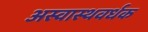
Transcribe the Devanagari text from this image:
अस्वास्थवर्धक